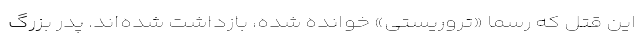
این قتل که رسما «تروریستی» خوانده شده، بازداشت شده‌اند. پدر بزرگ